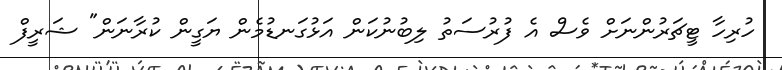
ހުރިހާ ޓީޗަރުންނަށް ވެސް އެ ފުރުސަތު ލިބުނުކަން އަޅުގަނޑުމެން ޔަގީން ކުރާނަން" ޝަރީފް